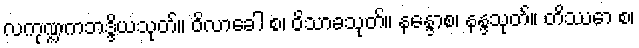
လကုဏ္ဍကဘဒ္ဒိယသုတ်။ ဝိလာခေါ စ၊ ဝိသာခသုတ်။ နန္ဒောစ၊ နန္ဒသုတ်။ တိဿော စ၊